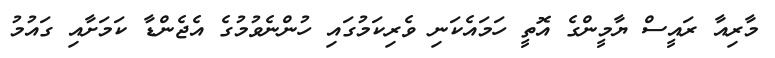
މާރިއާ ރައީސް ޔާމީންގެ އޮތީ ހަމައެކަނި ވެރިކަމުގައި ހުންނެވުމުގެ އެޖެންޑާ ކަމަށާއި ގައުމު